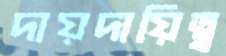
দায়দায়িত্ব্ব